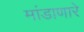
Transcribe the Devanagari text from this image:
मांडाणारे